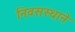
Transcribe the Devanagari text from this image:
निवसस्थाने